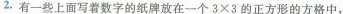
2.有一些上面写着数字的纸牌放在一个$$3 \times 3$$的正方形的方格中，